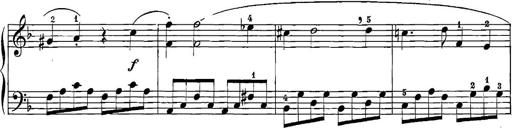
Title: 12 Sonatinas
Composer: Ignaz Pleyel